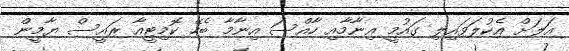
އަލަށް އެކުލަވައިލި ގައުމީ އިނާމާއި ހާއްސަ އިނާމާ ބެހޭ ކޮމިޓީއާ ރައީސް ޔާމީން